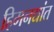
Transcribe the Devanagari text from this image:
हिमनद्यांत